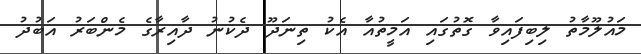
މައުލޫމާތު ލިބިފައިވާ ގޮތުގައި އަމީތުއާ އެކު ތިނަދޫ ދެކުނު ދާއިރާގެ މެންބަރު އަބުދު